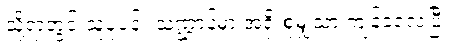
သို့ရာတွင် သူ့ပုံပန်း သဏ္ဌာန်မှာ အရိုးစုမျှသာ ကျန်ခဲ့လေပြီ။